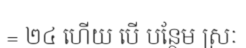
= ២៤ ហើយ បើ បន្ថែម ស្រៈ